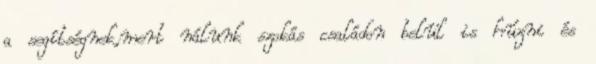
a segítségnek,mert nálunk szokás családon belül is húzni és